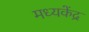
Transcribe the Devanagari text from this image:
मध्यकेंद्र